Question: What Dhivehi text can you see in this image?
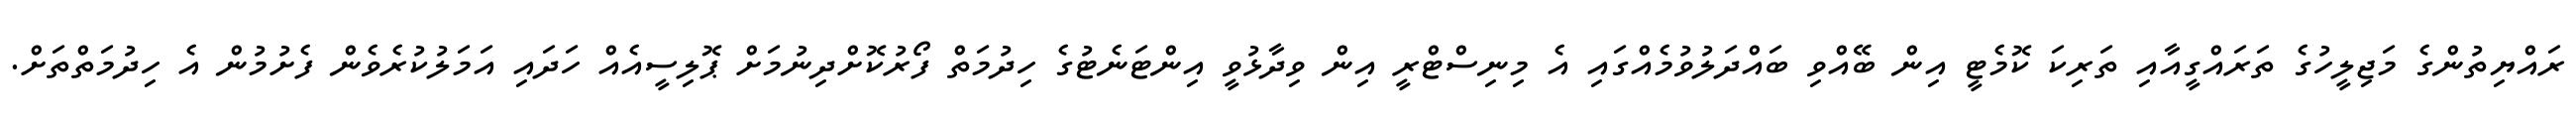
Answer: ރައްޔިތުންގެ މަޖިލީހުގެ ތަރައްގީއާއި ތަރިކަ ކޮމެޓީ އިން ބޭއްވި ބައްދަލުވުމެއްގައި އެ މިނިސްޓްރީ އިން ވިދާޅުވީ އިންޓަނެޓުގެ ހިދުމަތް ފޯރުކޮށްދިނުމަށް ޕޮލިސީއެއް ހަދައި އަމަލުކުރެވެން ފެށުމުން އެ ހިދުމަތްތަށް.